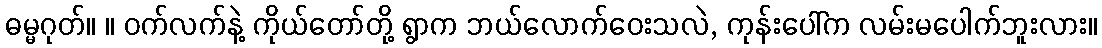
ဓမ္မဂုတ်။ ။ ဝက်လက်နဲ့ ကိုယ်တော်တို့ ရွာက ဘယ်လောက်ဝေးသလဲ, ကုန်းပေါ်က လမ်းမပေါက်ဘူးလား။